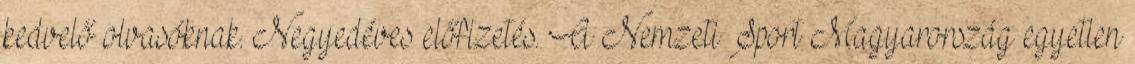
kedvelő olvasóknak. Negyedéves előfizetés. A Nemzeti Sport Magyarország egyetlen